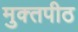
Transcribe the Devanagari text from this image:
मुक्‍तपीठ